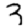
Digit: 3